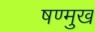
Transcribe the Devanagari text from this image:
षण्मुख